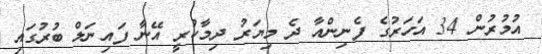
އުމުރުން 34 އަހަރުގެ ފެނިންއާ ދެ މިޔަރު ދިމާކުރީ އޭނާ ފައިނަލް ބުރުގައި